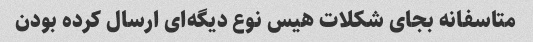
متاسفانه بجای شکلات هیس نوع دیگه‌ای ارسال کرده بودن